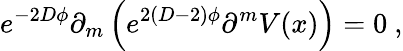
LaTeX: e^{-2D\phi}\partial_{m}\left(e^{2(D-2)\phi}\partial^{m}V(x)\right)=0~,